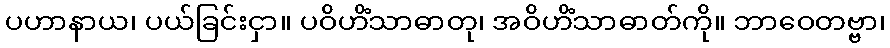
ပဟာနာယ၊ ပယ်ခြင်းငှာ။ ပဝိဟိံသာဓာတု၊ အဝိဟိံသာဓာတ်ကို။ ဘာဝေတဗ္ဗာ၊